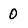
Character: 0